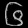
Digit: ၆